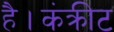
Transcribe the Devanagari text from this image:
है।कंक्रीट